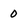
Character: 0